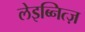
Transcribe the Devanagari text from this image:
लेइब्नित्ज़